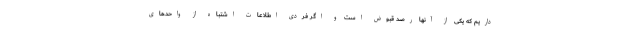
داریم که یکی از آنها رصد قبوض است و اگر فردی اطلاعات اشتباه از واحدهای